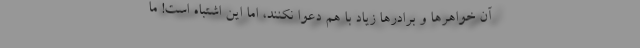
آن خواهرها و برادرها زیاد با هم دعوا نکنند، اما این اشتباه است! ما